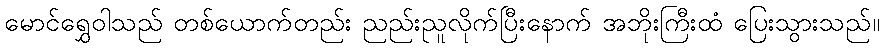
မောင်ရွှေဝါသည် တစ်ယောက်တည်း ညည်းညူလိုက်ပြီးနောက် အဘိုးကြီးထံ ပြေးသွားသည်။